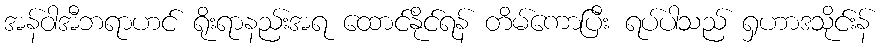
အန်ဝါအီဘရာဟင် ရိုးရာနည်းအရ ထောင်နိုင်ရန် တိမ်ကောပြီး ရပ်ပါသည် ရှဟာဒသိုင်းန်